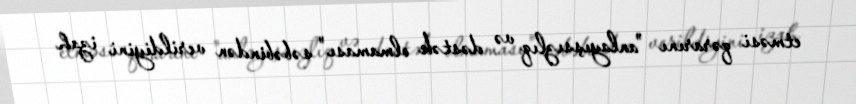
etməsi qərarını "anlayışsızlıq və dəstək olmaması" səbəbindən verildiyini izah